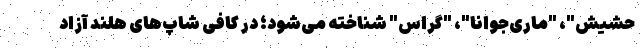
حشیش"، "ماری‌جوانا"، "گراس" شناخته می‌شود؛ در کافی شاپ‌های هلند آزاد